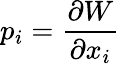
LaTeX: p_{i}=\frac{\partial W}{\partial x_{i}}